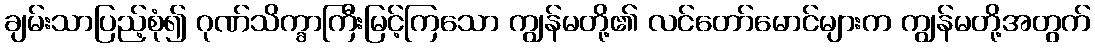
ချမ်းသာပြည့်စုံ၍ ဂုဏ်သိက္ခာကြီးမြင့်ကြသော ကျွန်မတို့၏ လင်တော်မောင်များက ကျွန်မတို့အတွက်